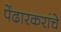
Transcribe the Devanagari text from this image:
पेंढारकरांचे